Source: Handwritten
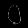
Digit: ၀ (0)